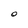
Character: O